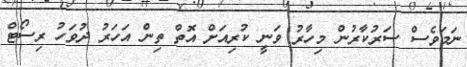
ނަމަވެސް ސަރުކާރުން މިހާރު ވަނީ ކުރިއަށް އޮތް ތިން އަހަރު ދުވަހު ރިސޯޓް